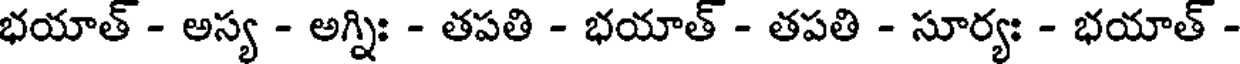
భయాత్ - అస్య - అగ్నిః - తపతి - భయాత్ - తపతి - సూర్యః - భయాత్ -